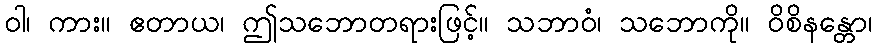
ဝါ၊ ကား။ ဧတာယ၊ ဤသဘောတရားဖြင့်။ သဘာဝံ၊ သဘောကို။ ဝိစိနန္တော၊